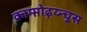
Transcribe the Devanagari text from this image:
काम्प्तोढ़य्न्चुस